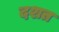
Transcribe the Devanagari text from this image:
दशत